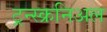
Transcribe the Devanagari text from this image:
ट्रन्स्क्रनिअल